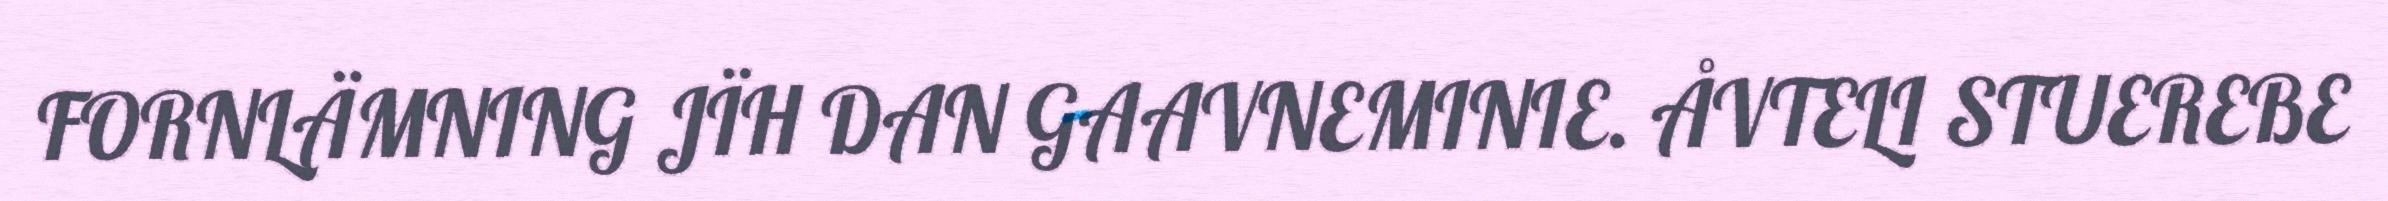
FORNLÄMNING JÏH DAN GAAVNEMINIE. ÅVTELI STUEREBE